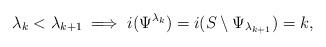
LaTeX: \begin{align*} \lambda_k < \lambda_{k+1} \implies i(\Psi^{\lambda_k}) = i(S \setminus \Psi_{\lambda_{k+1}}) = k,\end{align*}